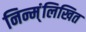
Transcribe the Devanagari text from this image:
निन्म्ंलिखित